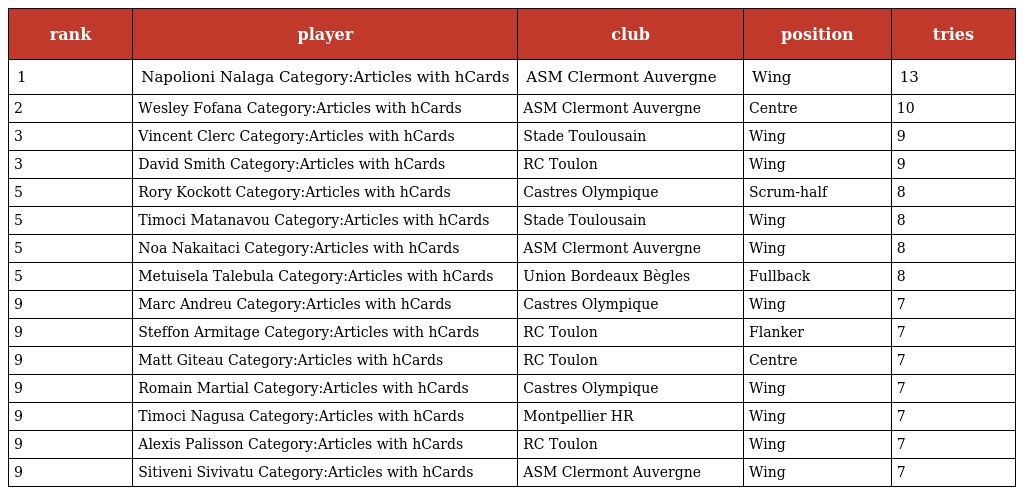
| rank | player | club | position | tries |
 | --- | --- | --- | --- | --- |
 | 1 | Napolioni Nalaga Category:Articles with hCards | ASM Clermont Auvergne | Wing | 13 |
 | 2 | Wesley Fofana Category:Articles with hCards | ASM Clermont Auvergne | Centre | 10 |
 | 3 | Vincent Clerc Category:Articles with hCards | Stade Toulousain | Wing | 9 |
 | 3 | David Smith Category:Articles with hCards | RC Toulon | Wing | 9 |
 | 5 | Rory Kockott Category:Articles with hCards | Castres Olympique | Scrum-half | 8 |
 | 5 | Timoci Matanavou Category:Articles with hCards | Stade Toulousain | Wing | 8 |
 | 5 | Noa Nakaitaci Category:Articles with hCards | ASM Clermont Auvergne | Wing | 8 |
 | 5 | Metuisela Talebula Category:Articles with hCards | Union Bordeaux Bègles | Fullback | 8 |
 | 9 | Marc Andreu Category:Articles with hCards | Castres Olympique | Wing | 7 |
 | 9 | Steffon Armitage Category:Articles with hCards | RC Toulon | Flanker | 7 |
 | 9 | Matt Giteau Category:Articles with hCards | RC Toulon | Centre | 7 |
 | 9 | Romain Martial Category:Articles with hCards | Castres Olympique | Wing | 7 |
 | 9 | Timoci Nagusa Category:Articles with hCards | Montpellier HR | Wing | 7 |
 | 9 | Alexis Palisson Category:Articles with hCards | RC Toulon | Wing | 7 |
 | 9 | Sitiveni Sivivatu Category:Articles with hCards | ASM Clermont Auvergne | Wing | 7 |